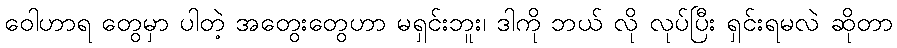
ဝေါဟာရ တွေမှာ ပါတဲ့ အတွေးတွေဟာ မရှင်းဘူး၊ ဒါကို ဘယ် လို လုပ်ပြီး ရှင်းရမလဲ ဆိုတာ